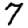
Digit: 7